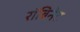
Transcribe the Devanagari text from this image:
रॉबिनेट